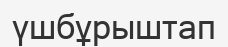
үшбұрыштап